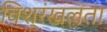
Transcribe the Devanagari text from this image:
विश्रंखलता